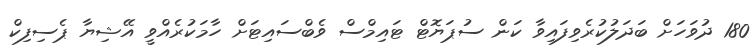
180 ދުވަހަށް ބަދަލުކުރެވިފައިވާ ކަން ސުޕަޔޮޓް ޓައިމްސް ވެބްސައިޓަށް ހާމަކުރެއްވީ އޭޝިޔާ ޕެސިފިކް